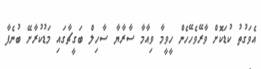
އެވަގުތު ކުޑަކޮށް ވާރޭވެހޭހެން ހީވީމާ ވިއާމާ ސާރާޔާ ސާހިލް ބަގީޗާގައި މަޑުކުރާށޭ ބުނެފާ